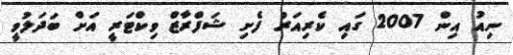
ނިއު އިން 2007 ގައި ކެރިއަރު ފެށި ޝަފްރާޒް ވިކްޓަރީ އަށް ބަދަލުވީ